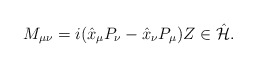
\begin{gather*}M_{\mu\nu}=i(\hat{x}_{\mu}P_{\nu}-\hat{x}_{\nu}P_{\mu})Z \in \hat{\mathcal{H}}.\end{gather*}